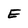
Character: E